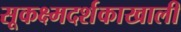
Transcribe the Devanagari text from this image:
सूकक्ष्मदर्शकाखाली